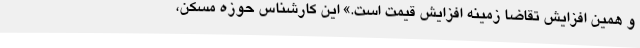
و همین افزایش تقاضا زمینه افزایش قیمت است.» این کارشناس حوزه مسکن،